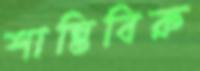
শান্তিবিরু